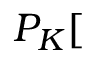
P _ { K } [ \